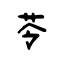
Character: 苓